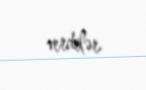
verdilər.